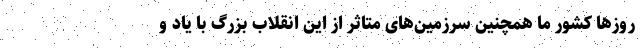
روزها کشور ما همچنین سرزمین‌های متاثر از این انقلاب بزرگ با یاد و